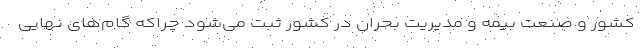
کشور و صنعت بیمه و مدیریت بحران در کشور ثبت می‌شود چراکه گام‌های نهایی